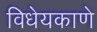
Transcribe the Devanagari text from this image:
विधेयकाणे